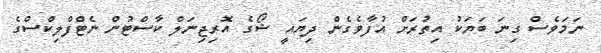
ނަމަވެސް ގިނަ ބަޔަކު އިތުރަށް އުފާވެގެން ދިޔައީ ޝޯގެ އޮރިޖިނަލް ކާސްޓުން ނެޓްފްލިކްސްގެ